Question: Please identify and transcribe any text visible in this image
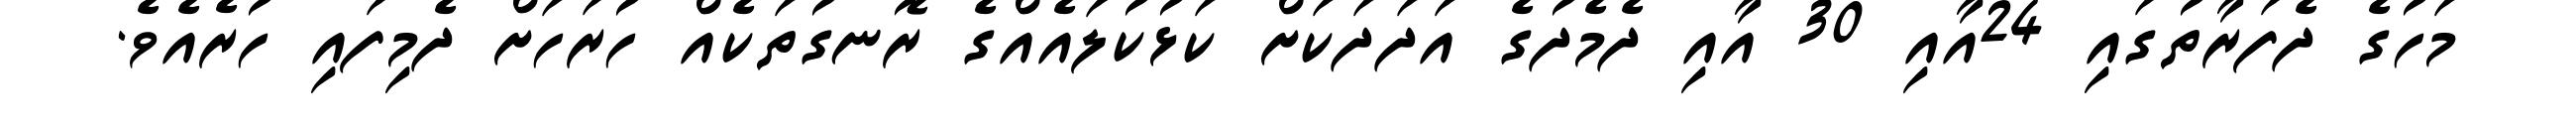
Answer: މަހުގެ ދެފަރާތުގައި 24އާއި 30 އާއި ދެމެދުގެ އަދަދަކަށް ކަޅުކުލައެއްގެ ރޮނގުތަކެއް ހުރަހަށް ދެމިފައި ހުރެއެވެ.